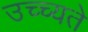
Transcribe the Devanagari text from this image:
उच्च्यते